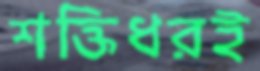
শক্তিধরই